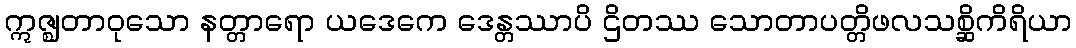
ဣဇ္ဈတာဝုသော နတ္တာရော ယဒေကေ ဒေန္တဿာပိ ဌိတဿ သောတာပတ္တိဖလသစ္ဆိကိရိယာ